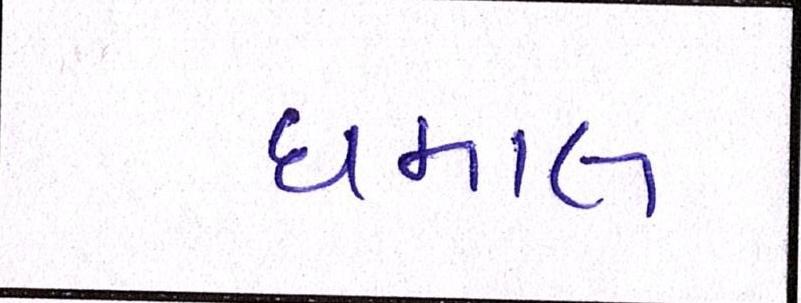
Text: ધમાલ